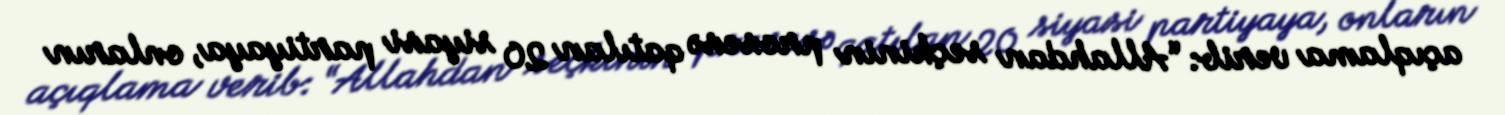
açıqlama verib: “Allahdan seçkinin prosesə qatılan 20 siyasi partiyaya, onların